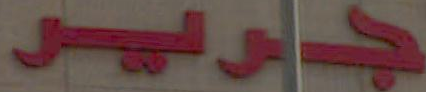
جرير